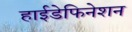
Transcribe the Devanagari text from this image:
हाईडेफिनेशन